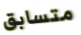
متسابق